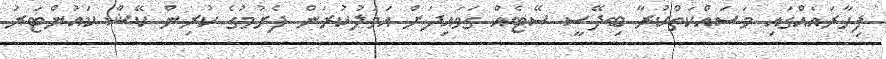
ފިހާރައެއްގައި މަސައްކަތްކުރާ ބިދޭސީ ސޭޓެއް ގަވައިދަށް އަމަލުކުރަން ފެށުމުގެ ކުރިން ކޭޝް ކައުންޓަރު